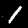
Label: 1